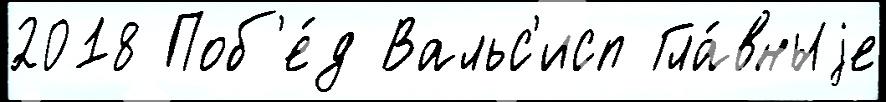
2018 Поб'е́д Вальс'исп Гла́вныjе